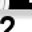
Digit: 2